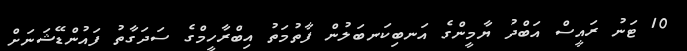
10 ޓަނު ރައީސް އަބްދު ޔާމީންގެ އަނބިކަނބަލުން ފާތުމަތު އިބްރާހީމްގެ ސަދަގާތު ފައުންޑޭޝަނަށް